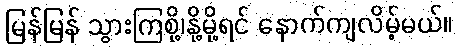
မြန်မြန် သွားကြစို့၊နို့မို့ရင် နောက်ကျလိမ့်မယ်။